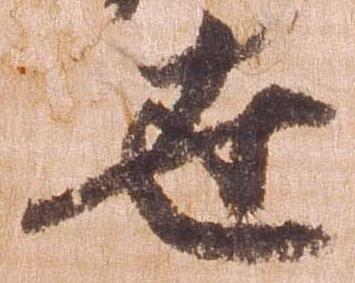
世